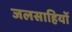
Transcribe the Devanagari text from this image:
जलसाहियों